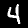
Digit: 4